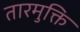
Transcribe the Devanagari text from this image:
तारमुक्ति